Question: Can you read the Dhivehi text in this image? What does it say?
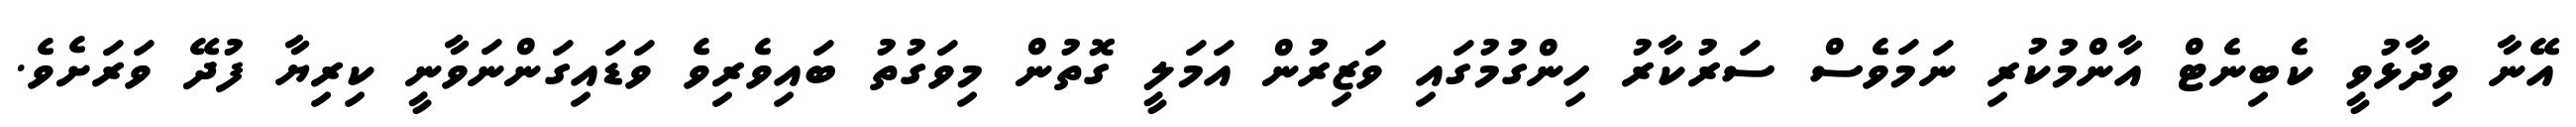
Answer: އޭނާ ވިދާޅުވީ ކެބިނެޓް އާންމުކުރި ނަމަވެސް ސަރުކާރު ހިންގުމުގައި ވަޒިރުން އަމަލީ ގޮތުން މިވަގުތު ބައިވެރިވެ ވަޑައިގަންނަވާނީ ކިރިޔާ ފުދޭ ވަރަށެވެ.